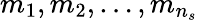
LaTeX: m_{1},m_{2},\ldots,m_{n_{s}}